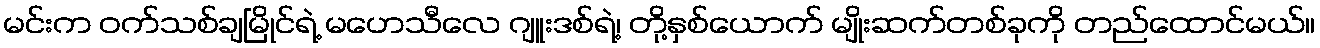
မင်းက ဝက်သစ်ချမြိုင်ရဲ့ မဟေသီလေ ဂျူးဒစ်ရဲ့၊ တို့နှစ်ယောက် မျိုးဆက်တစ်ခုကို တည်ထောင်မယ်။